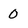
Character: 0